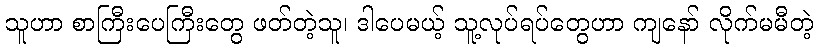
သူဟာ စာကြီးပေကြီးတွေ ဖတ်တဲ့သူ၊ ဒါပေမယ့် သူ့လုပ်ရပ်တွေဟာ ကျနော် လိုက်မမီတဲ့